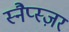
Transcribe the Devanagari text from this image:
स्नैप्स्ज़र